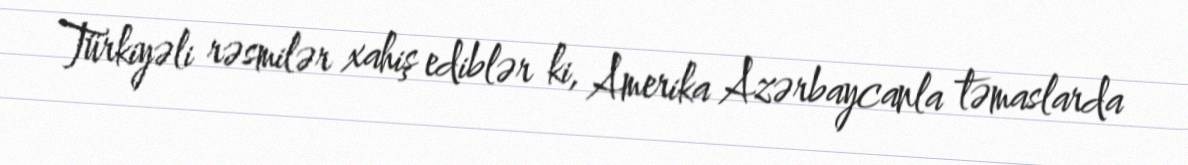
Türkiyəli rəsmilər xahiş ediblər ki, Amerika Azərbaycanla təmaslarda